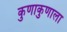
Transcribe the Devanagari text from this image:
कुणाकुणाला